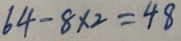
6 4 - 8 \times 2 = 4 8